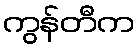
ကွန်တီက